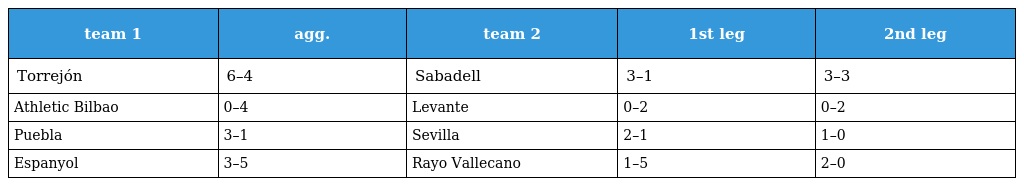
| team 1 | agg. | team 2 | 1st leg | 2nd leg |
 | --- | --- | --- | --- | --- |
 | Torrejón | 6–4 | Sabadell | 3–1 | 3–3 |
 | Athletic Bilbao | 0–4 | Levante | 0–2 | 0–2 |
 | Puebla | 3–1 | Sevilla | 2–1 | 1–0 |
 | Espanyol | 3–5 | Rayo Vallecano | 1–5 | 2–0 |